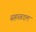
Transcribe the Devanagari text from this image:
सहस्त्रदल